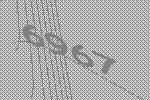
6967